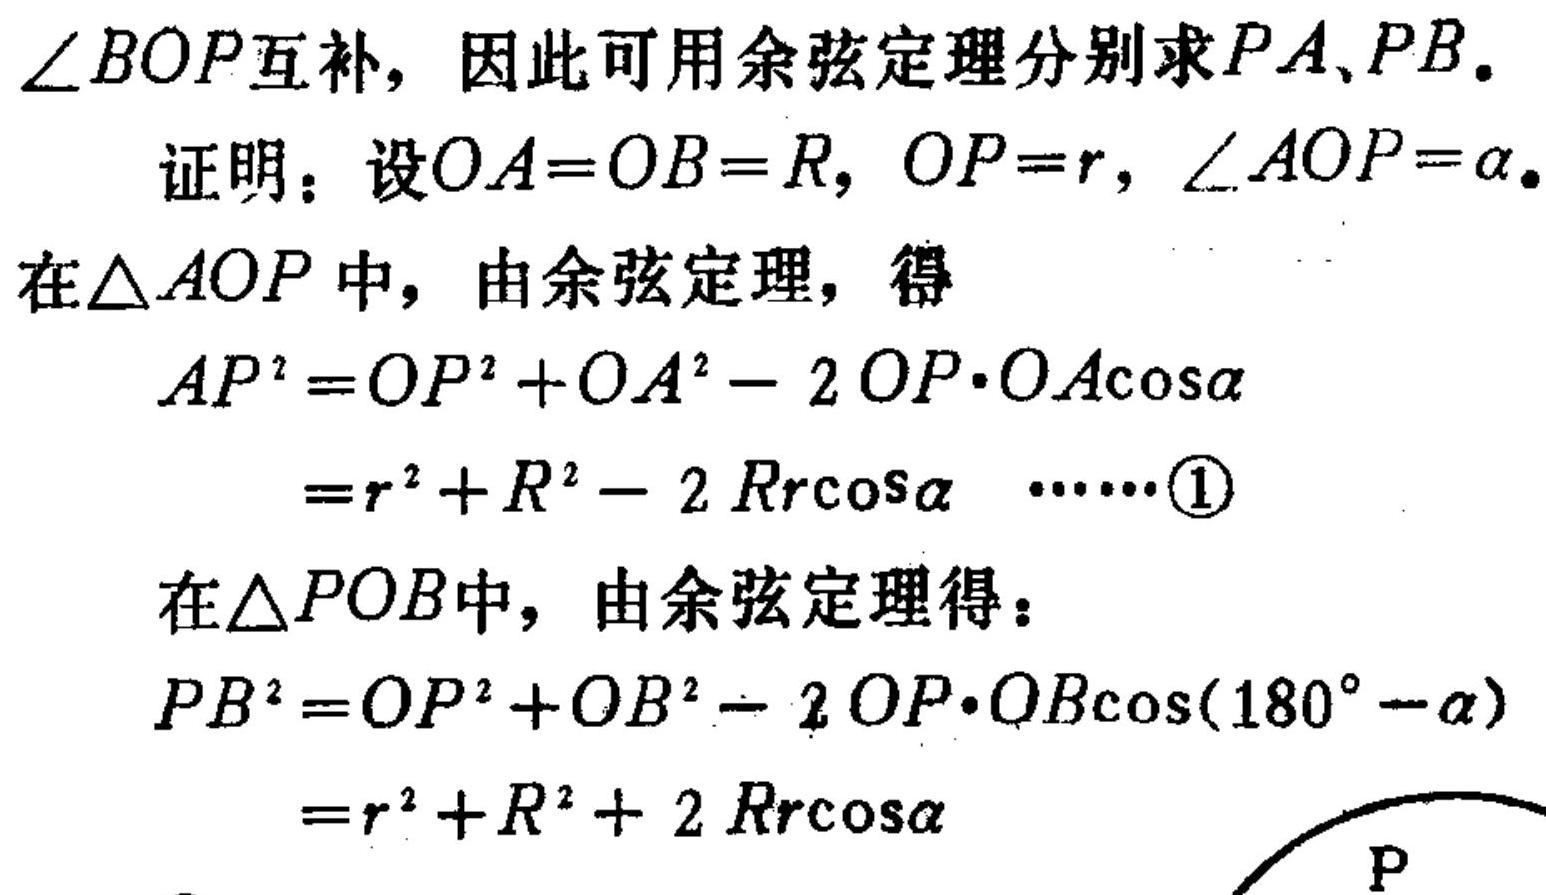
\(\angle BOP\)互补，因此可用余弦定理分别求\(PA\)、\(PB\)。

证明：设\(OA = OB = R\)，\(OP = r\)，\(\angle AOP=\alpha\)。

在\(\triangle AOP\)中，由余弦定理，得
\[
\begin{align*}
AP^{2}&=OP^{2}+OA^{2}-2OP\cdot OA\cos\alpha\\
&=r^{2}+R^{2}-2Rr\cos\alpha \quad\cdots\cdots\textcircled{1}
\end{align*}
\]

在\(\triangle POB\)中，由余弦定理得：
\[
\begin{align*}
PB^{2}&=OP^{2}+OB^{2}-2OP\cdot OB\cos(180^{\circ}-\alpha)\\
&=r^{2}+R^{2}+2Rr\cos\alpha
\end{align*}
\]